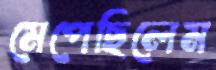
মেপেছিলেম